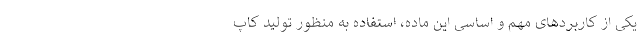
یکی از کاربردهای مهم و اساسی این ماده، استفاده به منظور تولید کاپ